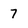
Character: 7